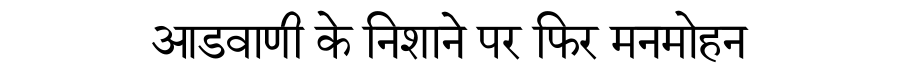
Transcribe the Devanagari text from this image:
आडवाणी के निशाने पर फिर मनमोहन